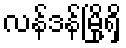
လန်ဒန်မြို့ရှိ